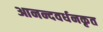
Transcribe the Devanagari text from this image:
आनन्दवर्धनकृत